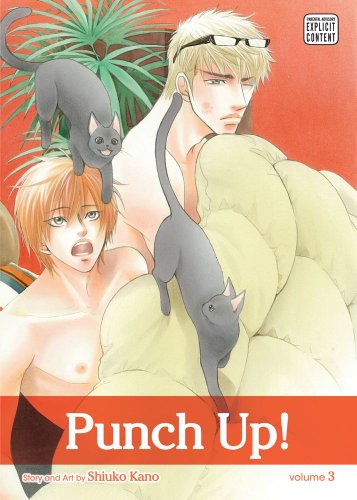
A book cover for Punch Up!, Vol. 3 (Yaoi Manga); Shiuko Kano; Comics & Graphic Novels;